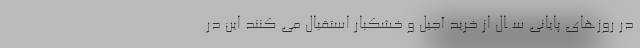
در روزهاى پایانى ســال از خرید آجیل و خشکبار استقبال مى کنند این در